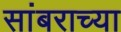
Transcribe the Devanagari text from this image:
सांबराच्या